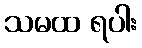
သမထ ရပါး